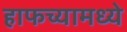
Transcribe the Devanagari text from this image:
हाफच्यामध्ये